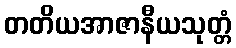
တတိယအာဇာနီယသုတ္တံ